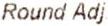
ROUND ADJ.